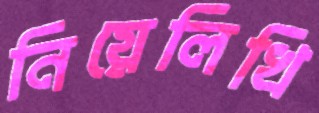
নিয়েলিখি